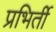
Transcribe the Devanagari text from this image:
प्रभिर्ती